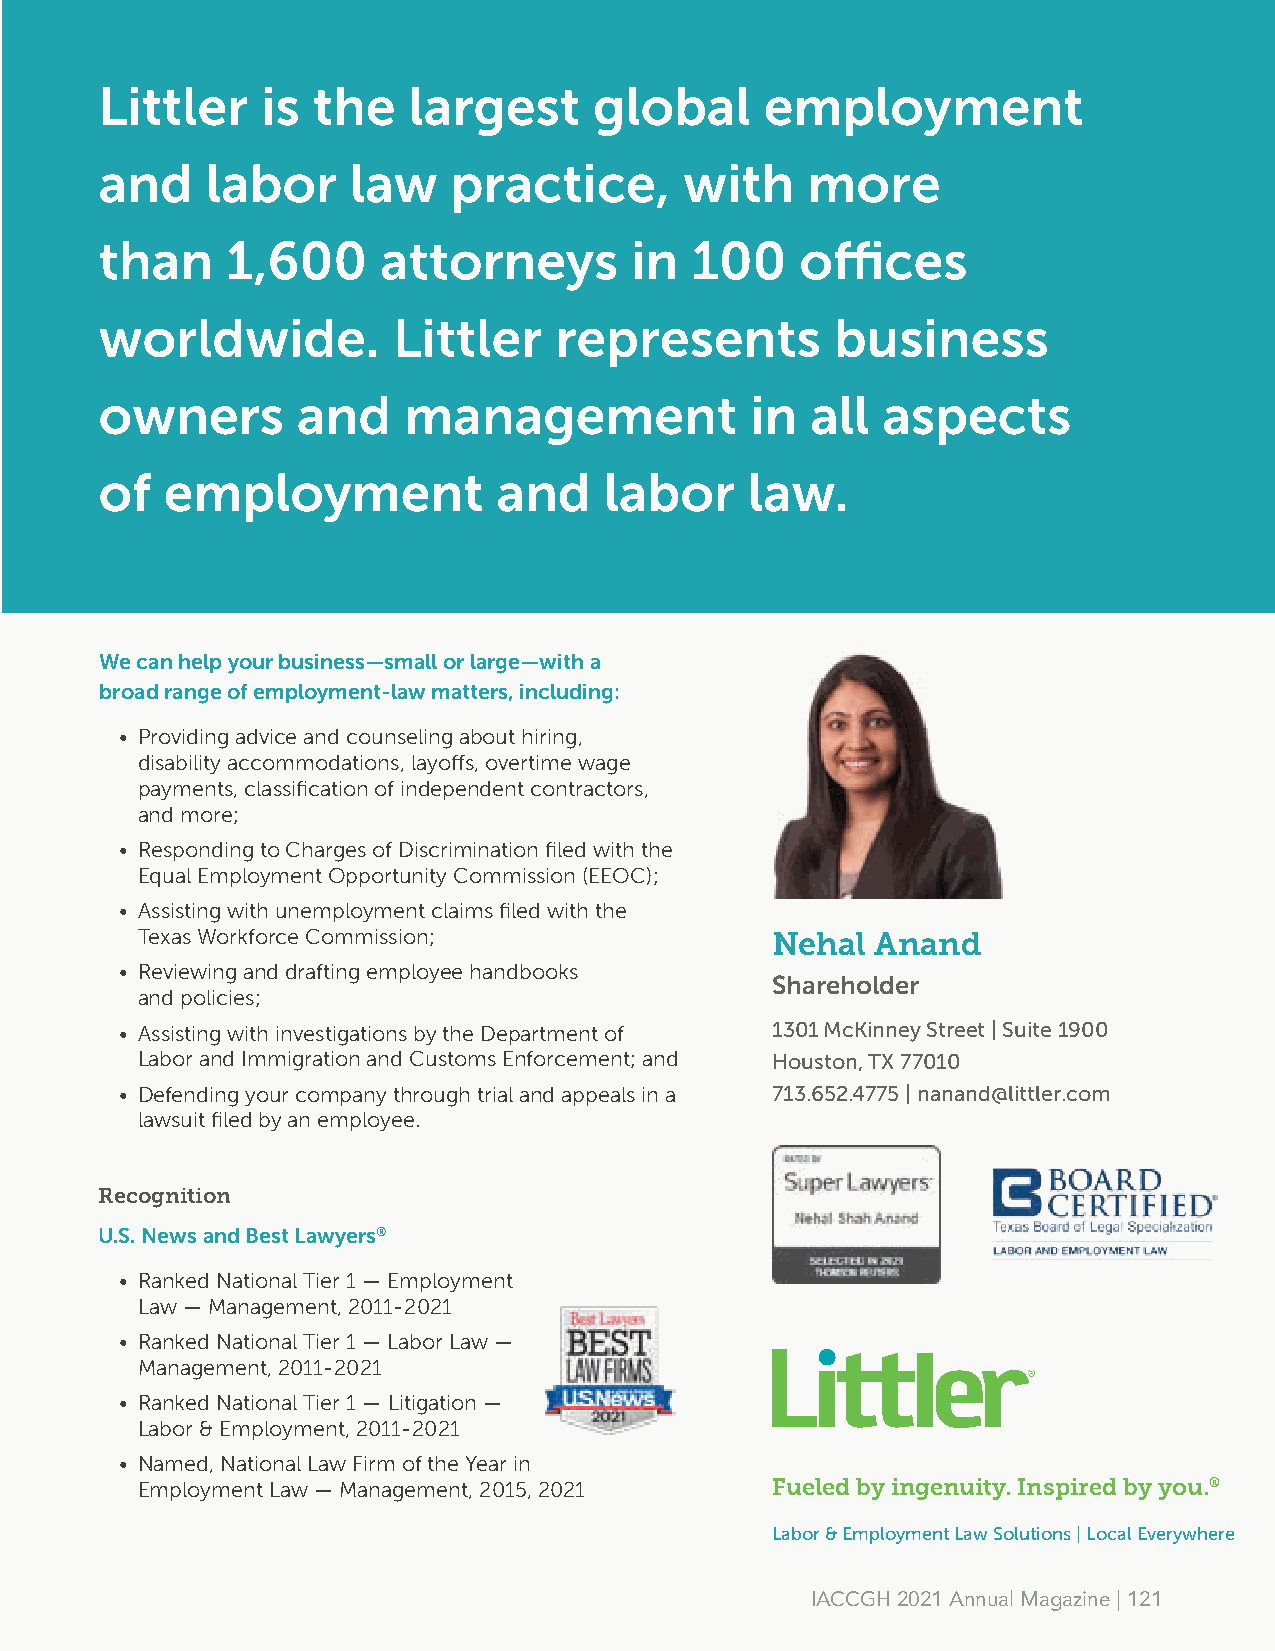
Littler   is  the   largest     global      employment
 and    labor    law    practice,      with    more
 than    1,600     attorneys        in  100    offices
 worldwide.         Littler    represents        business
 owners       and    management             in  all aspects
 of  employment            and    labor     law.
 We can help your business—small or large—with a
 broad range of employment-law matters, including:
 • Providing advice and counseling about hiring,
 disability accommodations, layoffs, overtime wage
 payments, classification of independent contractors,
 and more;
 • Responding to Charges of Discrimination filed with the
 Powering Energy Forward™ Equal Employment Opportunity Commission (EEOC);
 • Assisting with unemployment claims filed with the
 Texas Workforce Commission;               Nehal  Anand
 • Reviewing and drafting employee handbooks
 Shareholder
 and policies;
 • Assisting with investigations by the Department of 1301 McKinney Street | Suite 1900
 Labor and Immigration and Customs Enforcement; and Houston, TX 77010
 • Defending your company through trial and appeals in a 713.652.4775 | nanand@littler.com
 lawsuit filed by an employee.
 Recognition
 U.S. News and Best Lawyers®
 • Ranked National Tier 1 — Employment
 Law — Management, 2011-2021
 • Ranked National Tier 1 — Labor Law —
 Management, 2011-2021
 • Ranked National Tier 1 — Litigation —
 Labor & Employment, 2011-2021
 • Named, National Law Firm of the Year in
 Employment Law — Management, 2015, 2021   Fueled by ingenuity. Inspired by you.®
 Labor & Employment Law Solutions | Local Everywhere
 IACCGH 2021 Annual Magazine | 121